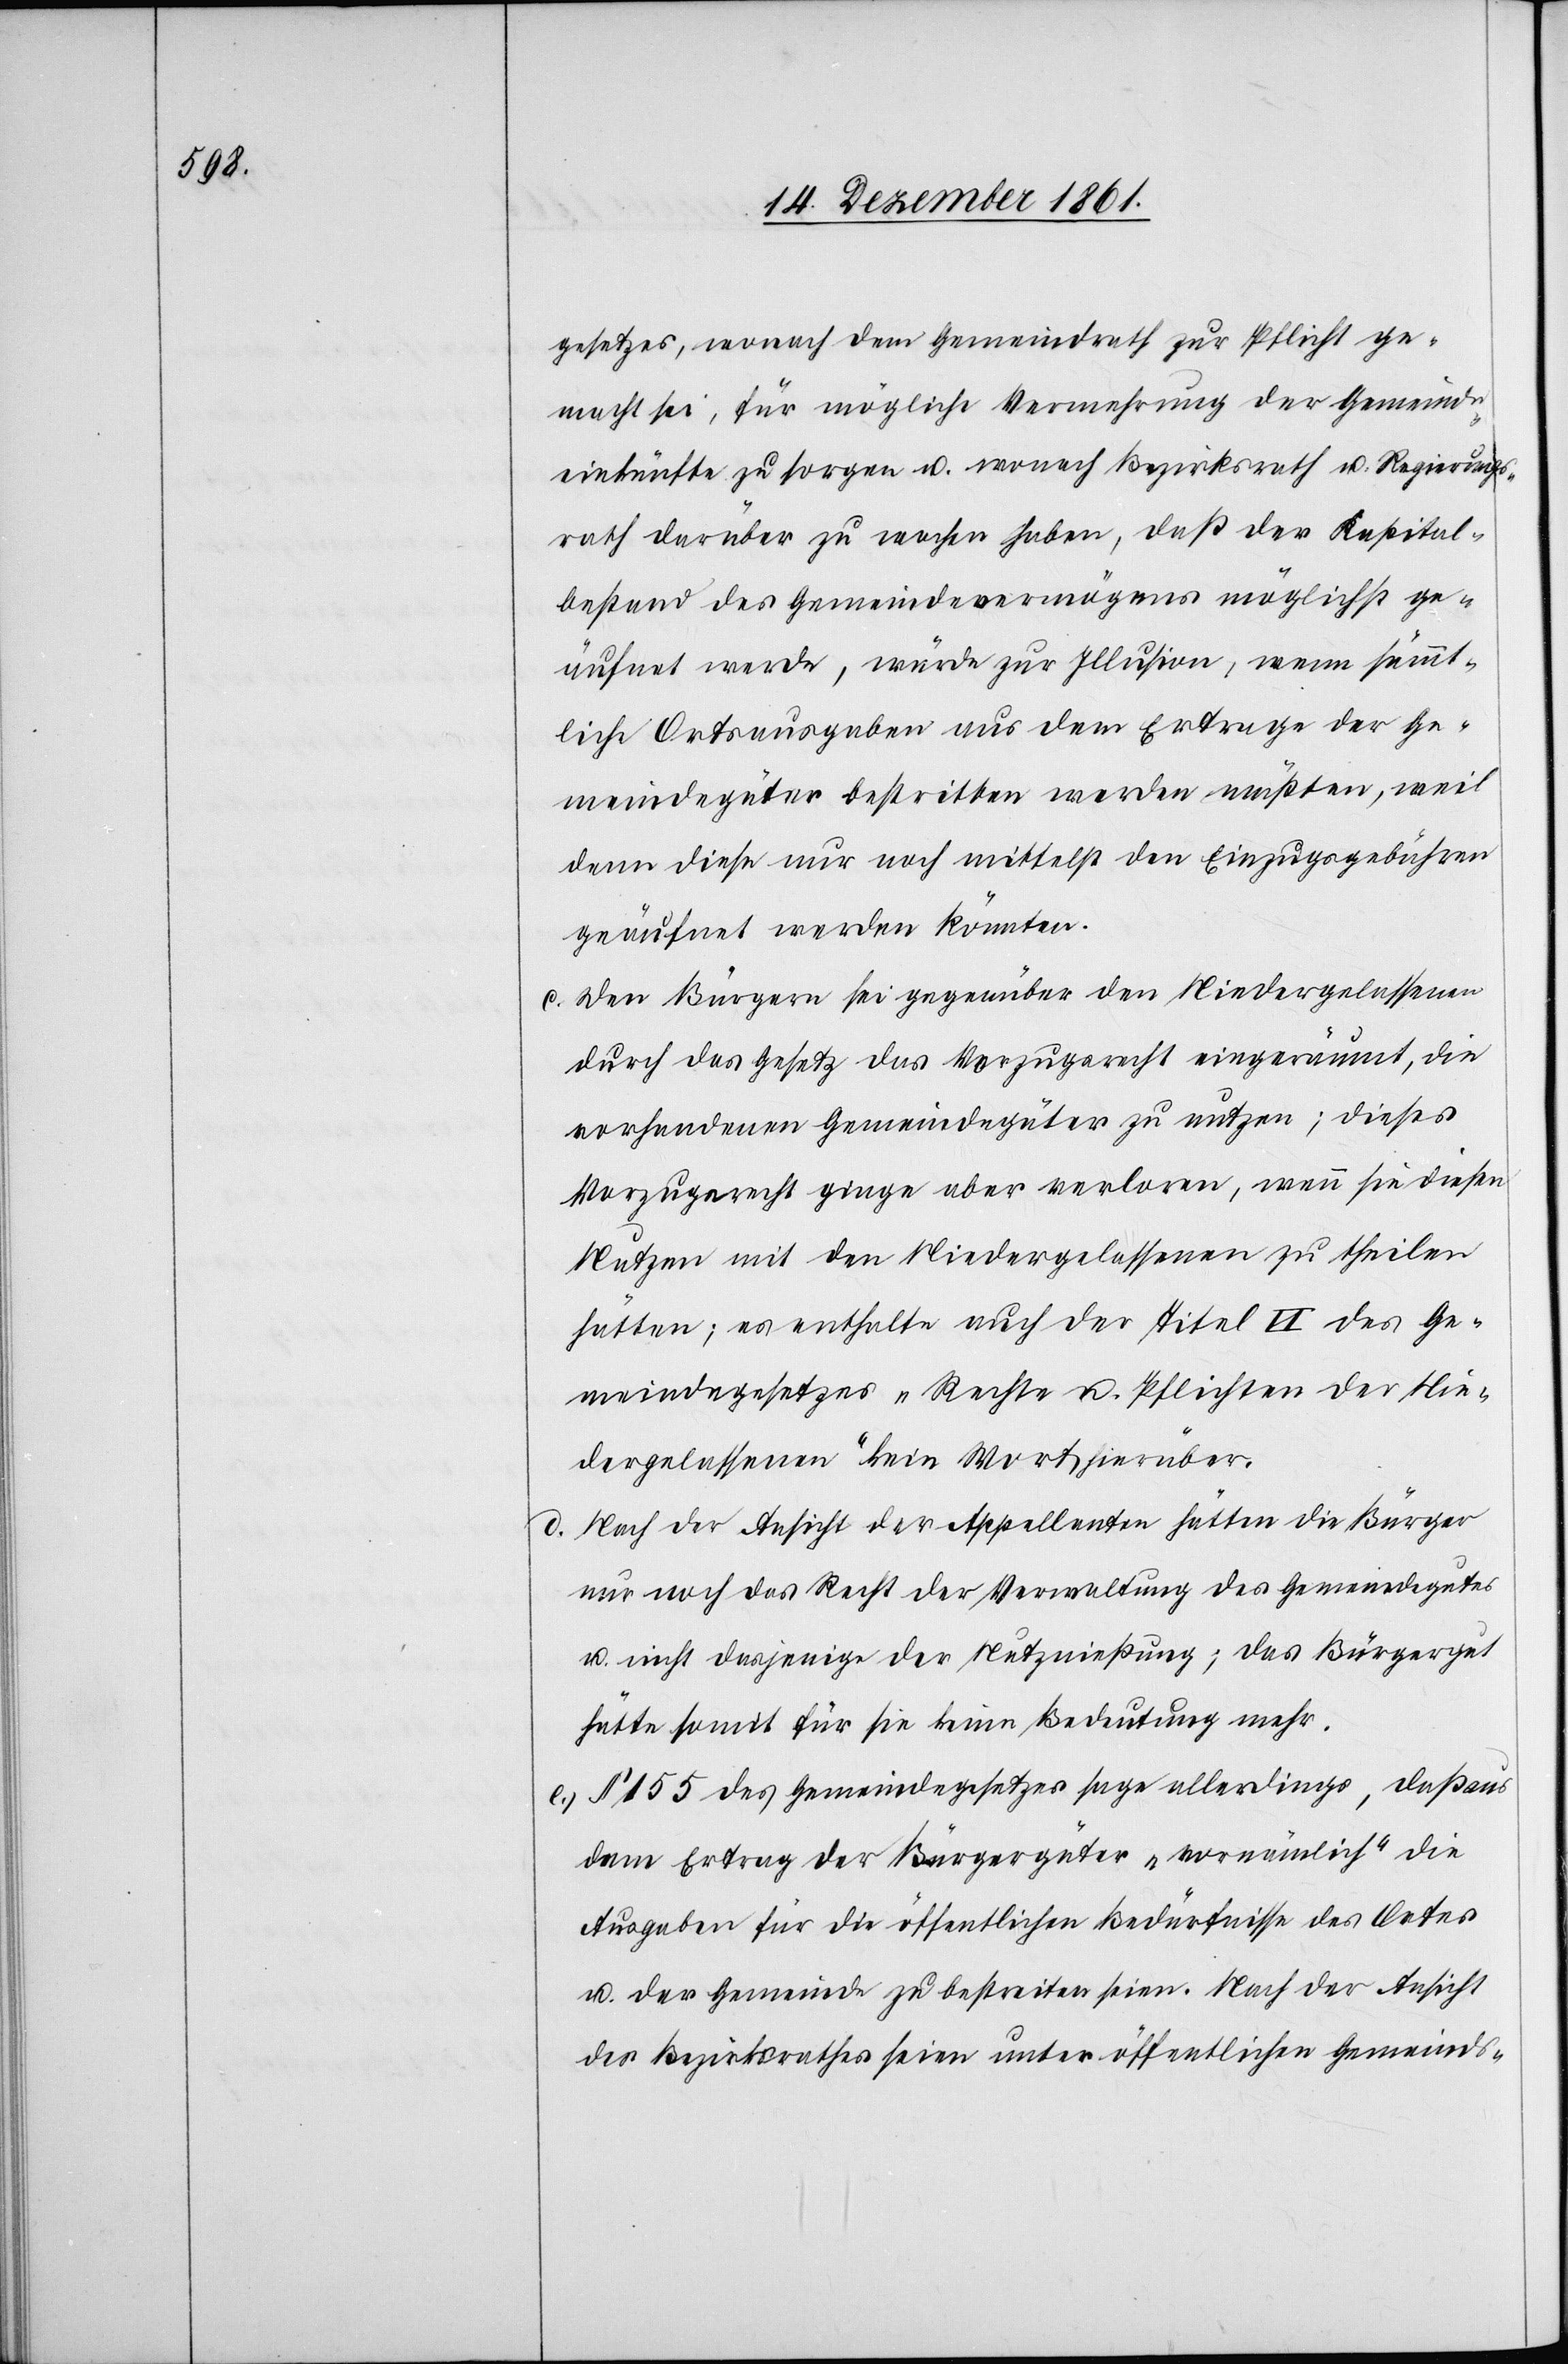
gesetzes, wonach dem Gemeindrath zur Pflicht ge¬
macht sei, für mögliche Vermehrung der Gemeinde¬
einkünfte zu sorgen u. wonach Bezirksrath u. Regierungs¬
rath darüber zu wachen haben, daß der Kapital¬
bestand des Gemeindevermögens möglichst ge¬
äufnet werde, würde zur Illusion, wenn sämmt¬
liche Ortsausgaben aus dem Ertrag der Ge¬
meindegüter bestritten werden müßten, weil
dann diese nur noch mittelst den Einzugsgebühren
geäufnet werden könnten.
c. Den Bürgern sei gegenüber den Niedergelassenen
durch das Gesetz das Vorzugsrecht eingeräumt, die
vorhandenen Gemeindegüter zu nutzen; dieses
Vorzugsrecht ginge aber verloren, wenn sie diesen
Nutzen mit den Niedergelassenen zu theilen
hätten; es enthalte auch der Titel VI des Ge¬
meindegesetzes „Recht u. Pflichten der Nie¬
dergelassenen“ kein Wort hierüber.
d. Nach der Ansicht der Appellanten hätten die Bürger
nur noch das Recht der Verwaltung des Gemeindegutes
u. nicht dasjenige der Nutznießung; das Bürgergut
hätte somit für sie keine Bedeutung mehr.
e. § 155 des Gemeindegesetzes sage allerdings, daß aus
dem Ertrag der Bürgergüter „vornämlich“ die
Ausgaben für die öffentlichen Bedürfnisse des Ortes
u. der Gemeinde zu bestreiten seien. Nach der Ansicht
des Bezirksrathes seien unter öffentlichen Gemeinds-